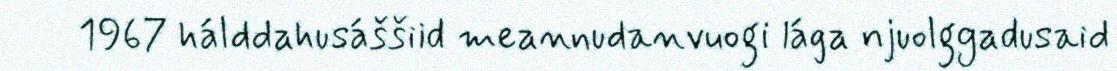
1967 hálddahusáššiid meannudanvuogi lága njuolggadusaid